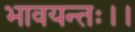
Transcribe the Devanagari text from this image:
भावयन्तः।।